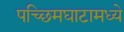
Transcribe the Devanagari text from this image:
पच्छिमघाटामध्ये